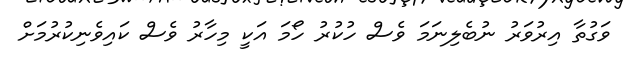
ވަގުތާ އިރުވަރު ނުބެލިނަމަ ވެސް ހުކުރު ހޯމަ އަކީ މިހާރު ވެސް ކައިވެނިކުރުމަށް